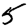
Digit: 5